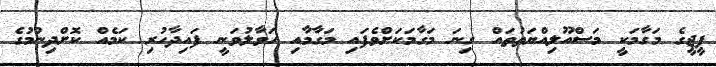
ޕީޖީގެ މަގާމަކީ މަސްއޫލިއްޔަތުތައް ގިނަ މަގާމަކަށްވެފައި މަގާމާއި ހަވާލުވަނީ ފައިދާހުރި ކަމެއް ކޮށްދިނުމުގެ